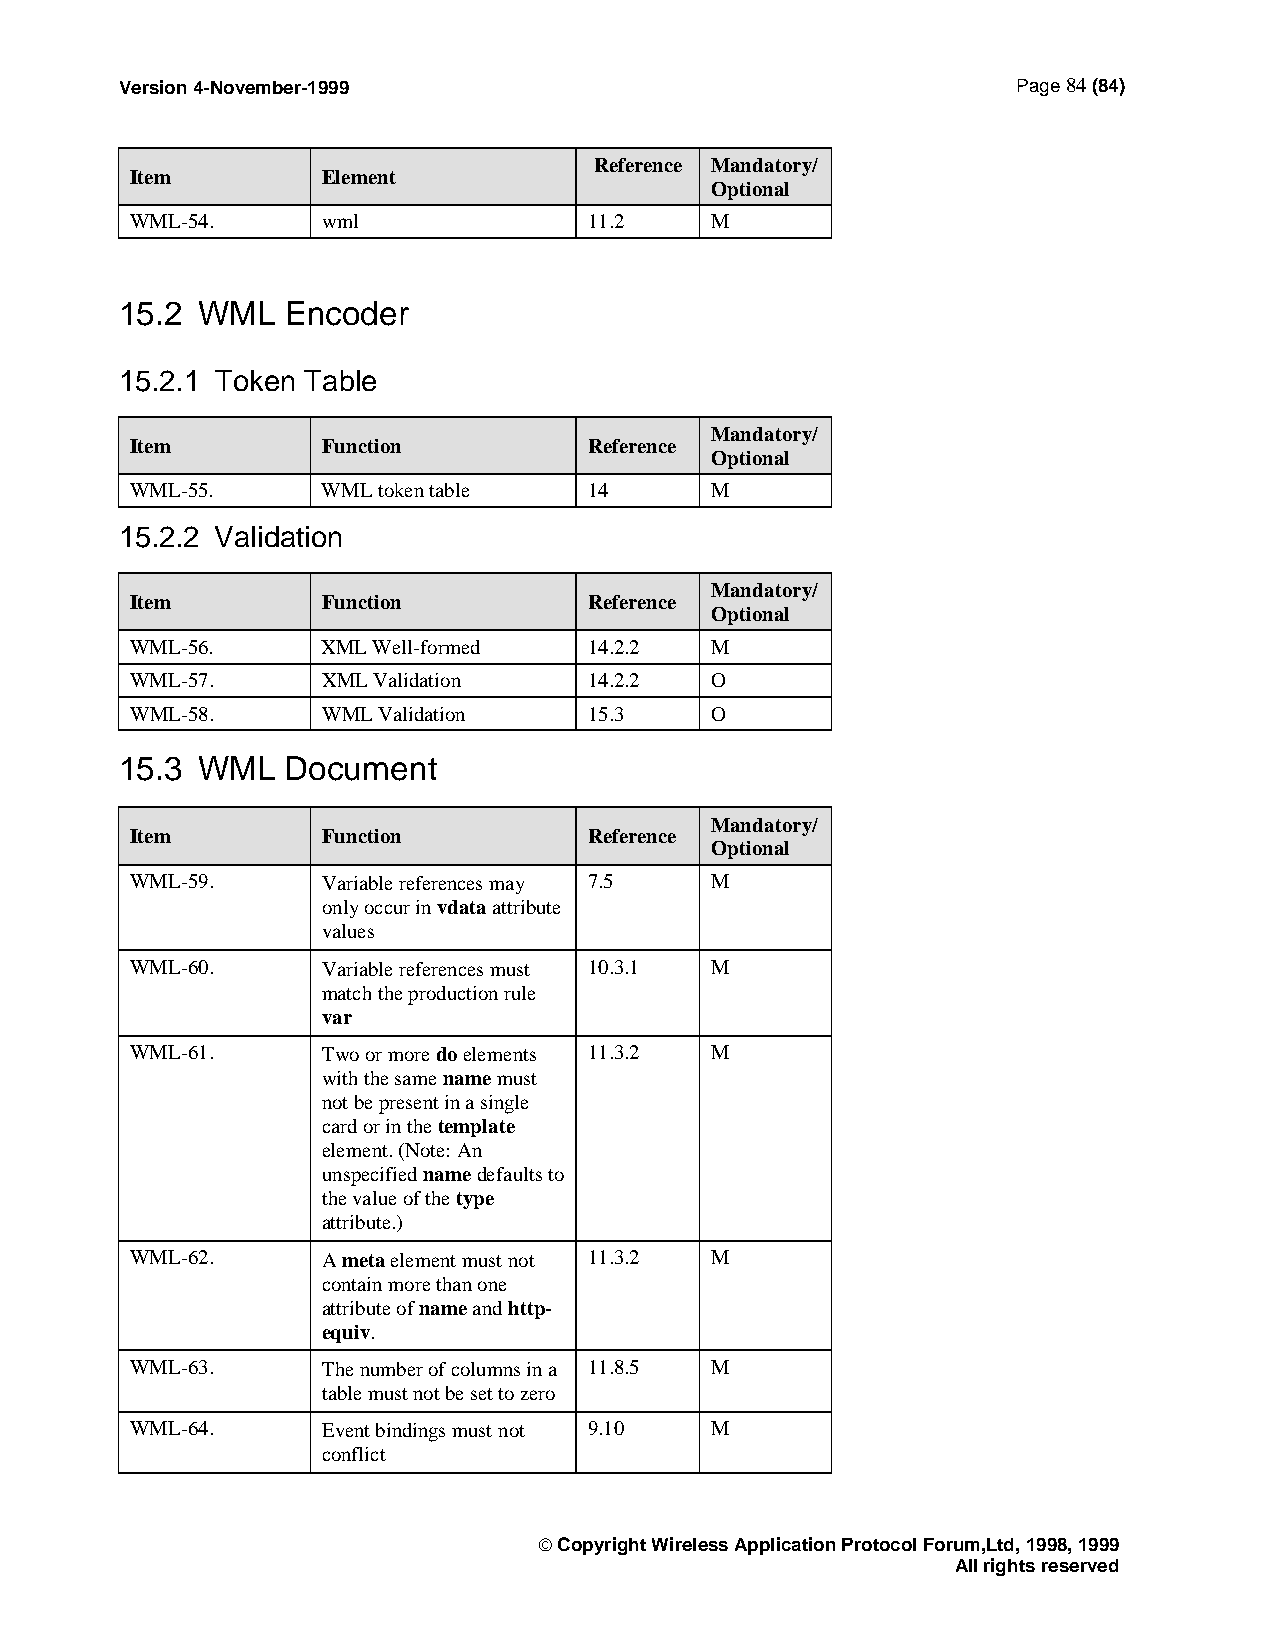
Version 4-November-1999                                    Page 84 (84)
 Reference Mandatory/
 Item        Element
 Optional
 WML-54.     wml               11.2    M
 15.2 WML   Encoder
 15.2.1 Token Table
 Mandatory/
 Item        Function          Reference
 Optional
 WML-55.     WML token table   14      M
 15.2.2 Validation
 Mandatory/
 Item        Function          Reference
 Optional
 WML-56.     XML Well-formed   14.2.2  M
 WML-57.     XML Validation    14.2.2  O
 WML-58.     WML Validation    15.3    O
 15.3 WML   Document
 Mandatory/
 Item        Function          Reference
 Optional
 WML-59.     Variable references may 7.5 M
 only occur in vdata attribute
 values
 WML-60.     Variable references must 10.3.1 M
 match the production rule
 var
 WML-61.     Two or more do elements 11.3.2 M
 with the same name must
 not be present in a single
 card or in the template
 element. (Note: An
 unspecified name defaults to
 the value of the type
 attribute.)
 WML-62.     A meta element must not 11.3.2 M
 contain more than one
 attribute of name and http-
 equiv.
 WML-63.     The number of columns in a 11.8.5 M
 table must not be set to zero
 WML-64.     Event bindings must not 9.10 M
 conflict
  Copyright Wireless Application Protocol Forum,Ltd, 1998, 1999
 All rights reserved